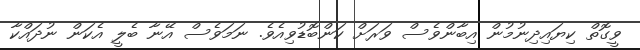
ވީގޮތް ކިޔައިދިނުމުން އިބާންވެސް ވަރަށް ކަންބޮޑުވިއެވެ. ނަމަވެސް އޭނާ ބެލީ އެކަން ނުދައްކާ